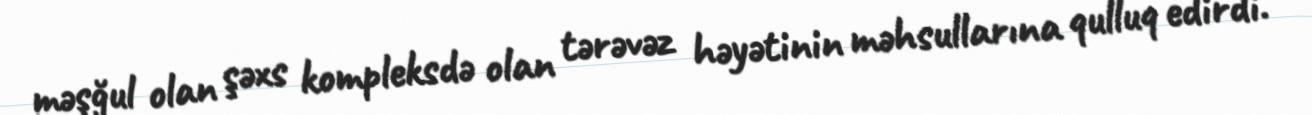
məşğul olan şəxs kompleksdə olan tərəvəz həyətinin məhsullarına qulluq edirdi.